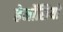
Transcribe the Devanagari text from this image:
हेर्मोसियो